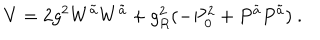
V = 2 g ^ { 2 } W ^ { \tilde { a } } W ^ { \tilde { a } } + g _ { R } ^ { 2 } ( - P _ { 0 } ^ { 2 } + P ^ { \tilde { a } } P ^ { \tilde { a } } ) \ .